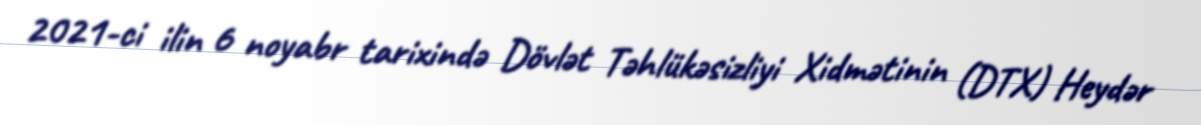
2021-ci ilin 6 noyabr tarixində Dövlət Təhlükəsizliyi Xidmətinin (DTX) Heydər